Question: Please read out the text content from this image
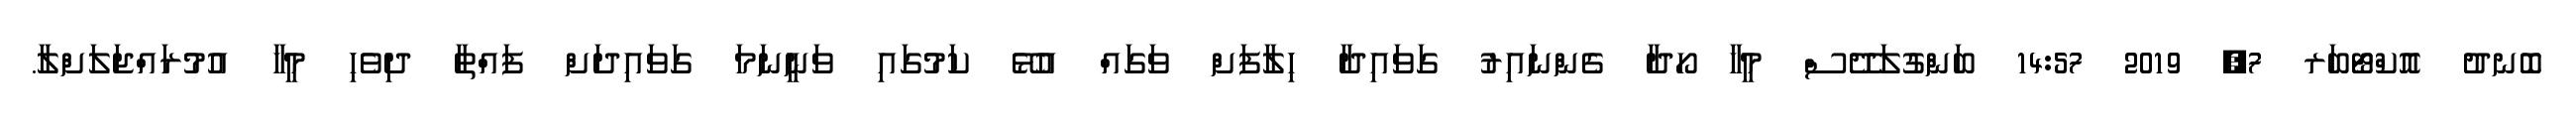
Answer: ބޮނދު އޮކްޓޯބަރ 7, 2019 14:57 ބަންގުލަދޭސް މީހާ ހޯދާ ގެންނައިރު ގަވައިދާ ހިލާފަށް ވަގައް އުޅޭ ކަމުގައި ވަނީނަމަ ގަވައިދަށް ފައްތާ ދިވެހި މީހާ އުމުރައްޖަލަށްލާ.